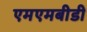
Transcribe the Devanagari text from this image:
एमएमबीडी